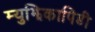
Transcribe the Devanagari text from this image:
म्युझिकापिडी